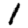
Digit: 1